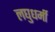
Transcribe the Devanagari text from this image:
लघुधर्मी